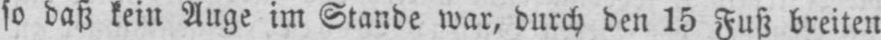
so daß kein Auge im Stande war, durch den 15 Fuß breiten